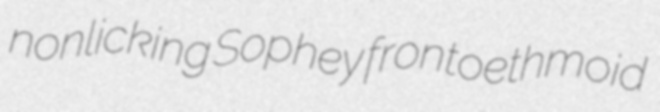
nonlicking Sophey frontoethmoid